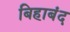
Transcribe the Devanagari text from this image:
बिहाबंद